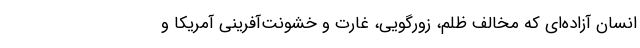
انسان آزاده‌ای که مخالف ظلم، زورگویی، غارت و خشونت‌آفرینی آمریکا و